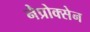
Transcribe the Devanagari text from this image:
नैप्रोक्सेन